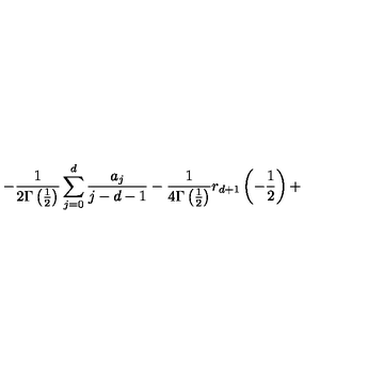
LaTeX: - \frac 1 { 2 \Gamma \left( \frac 1 2 \right) } \sum _ { j = 0 } ^ { d } \frac { a _ { j } } { j - d - 1 } - \frac 1 { 4 \Gamma \left( \frac 1 2 \right) } r _ { d + 1 } \left( - \frac 1 2 \right) +